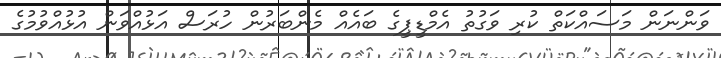
ވަންނަން މަސައްކަތް ކުރި ވަގުތު އެމްޑީޕީގެ ބައެއް މެންބަރުން ހުރަސް އަޅުއްވަން އުޅުއްވުމުގެ